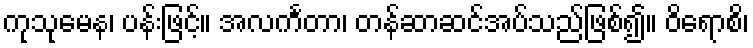
ကုသုမေန၊ ပန်းဖြင့်။ အလင်္ကတာ၊ တန်ဆာဆင်အပ်သည်ဖြစ်၍။ ဝိရောစိ၊